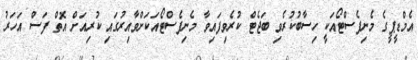
އެމްޑީޕީގެ މެނިފެސްޓޯއަކީ ހިސާބުކުރެވި ބަޖެޓް ކުރެވިފައިވާ މެނިފެސްޓޯއަކަށްވާއިރުގައި ކުރިއަށް އޮތް ފަސް އަހަރު